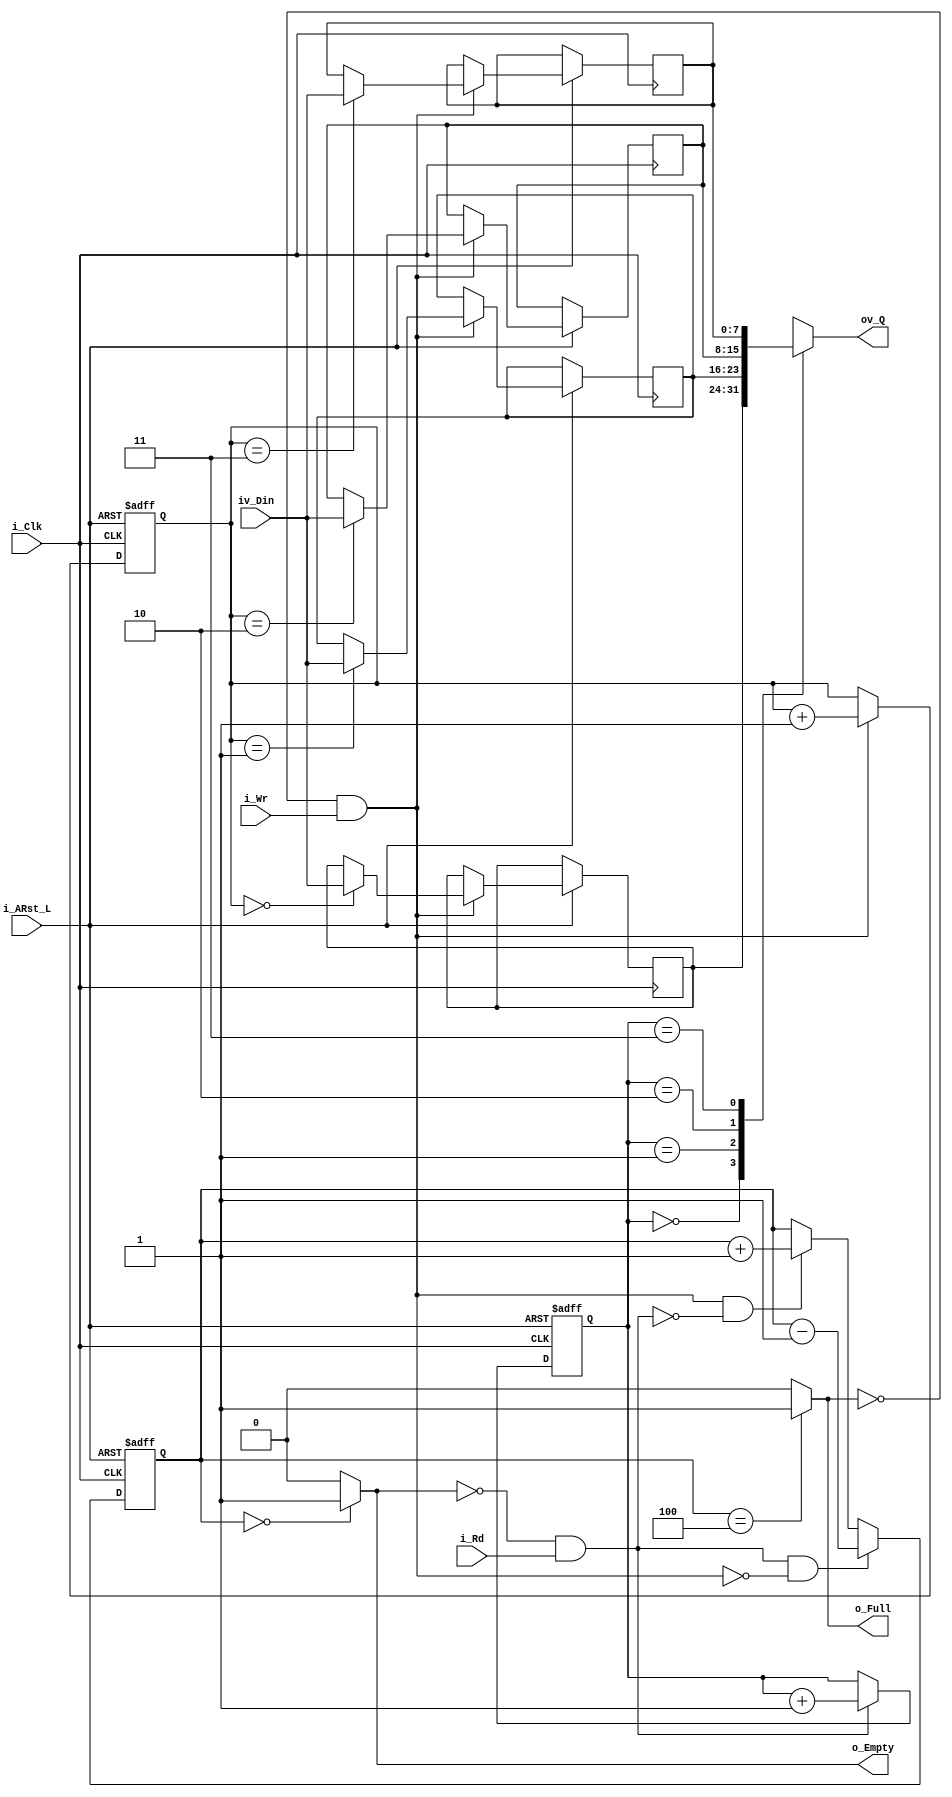
/*
Developed By Subtleware Corporation Pte Ltd 2011
File		:
Description	:	
Remarks		:	
Revision	:
	Date	Author		Description
02/09/12	Jefflieu
*/


module mSyncFifo #(parameter pDataWidth=8,pPtrWidth=2)
	(
	input 	[pDataWidth-1:00] iv_Din,
	input	i_Wr,
	output	o_Full,
	output	o_Empty,	
	output	[pDataWidth-1:00] ov_Q,
	input	i_Rd,
	input	i_Clk,
	input	i_ARst_L);
	

	localparam pMemSize=2**pPtrWidth;
	
	reg [pDataWidth-1:00] rv_Ram [0:pMemSize-1];
	
	reg [pPtrWidth-1:00] rv_RdPtr;
	reg [pPtrWidth-1:00] rv_WrPtr;
	reg [pPtrWidth:00] 	 rv_Cntr;
	
	wire w_WrValid;
	wire w_RdValid;
	
	assign o_Full = (rv_Cntr==pMemSize)?1'b1:1'b0;
	assign o_Empty = (rv_Cntr==0)?1'b1:1'b0;
	assign w_WrValid = (~o_Full) & i_Wr;
	assign w_RdValid = (~o_Empty) & i_Rd;
	//DualPortRam
	always@(posedge i_Clk or negedge i_ARst_L)
	if(i_ARst_L==1'b0) begin
			rv_RdPtr<={pPtrWidth{1'b0}};
			rv_WrPtr<={pPtrWidth{1'b0}};
			rv_Cntr <={(pPtrWidth+1){1'b0}};
	end else
	begin
			if(w_WrValid) 
				begin
					rv_WrPtr <= rv_WrPtr+1;
					rv_Ram[rv_WrPtr] <= iv_Din;
				end
			if(w_RdValid)
					rv_RdPtr <= rv_RdPtr+1;
			
			if(w_RdValid & (~w_WrValid)) 
					rv_Cntr <= rv_Cntr-1;
			else if(w_WrValid & (~w_RdValid))
					rv_Cntr <= rv_Cntr+1;
	end
	
	assign ov_Q = rv_Ram[rv_RdPtr];
	
	
	
endmodule